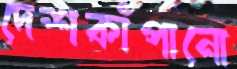
দেশকাঁপানো